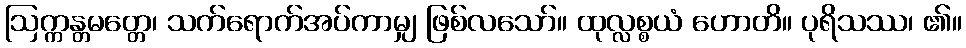
ဩက္ကန္တမတ္တေ၊ သက်ရောက်အပ်ကာမျှ ဖြစ်လသော်။ ထုလ္လစ္စယံ ဟောတိ။ ပုရိသဿ၊ ၏။